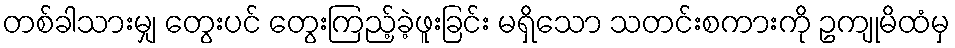
တစ်ခါသားမျှ တွေးပင် တွေးကြည့်ခဲ့ဖူးခြင်း မရှိသော သတင်းစကားကို ဥကျုမိထံမှ